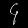
Digit: ၄